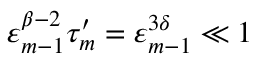
\varepsilon _ { m - 1 } ^ { \beta - 2 } \tau _ { m } ^ { \prime } = \varepsilon _ { m - 1 } ^ { 3 \delta } \ll 1